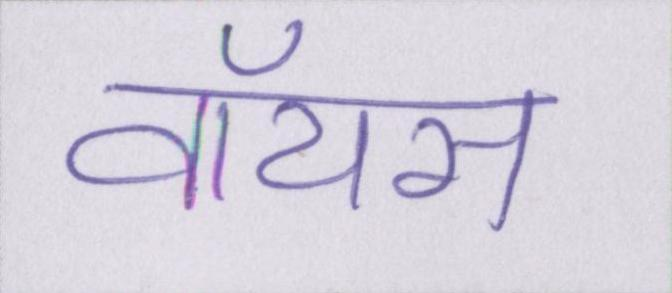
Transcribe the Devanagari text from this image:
वॉयस